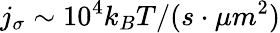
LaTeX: j_{\sigma}\sim 10^{4}k_{B}T/(s\cdot\mu m^{2})